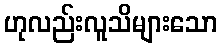
ဟုလည်းလူသိများသော